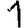
Digit: 1